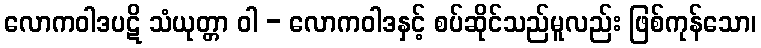
လောကဝါဒပဋိ သံယုတ္တာ ဝါ - လောကဝါဒနှင့် စပ်ဆိုင်သည်မူလည်း ဖြစ်ကုန်သော၊